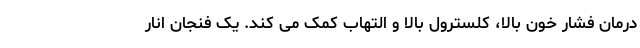
درمان فشار خون بالا، کلسترول بالا و التهاب کمک می کند. یک فنجان انار